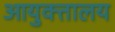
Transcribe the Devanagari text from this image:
आयुक्‍तालय